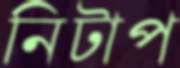
নিটাপ